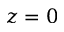
z = 0